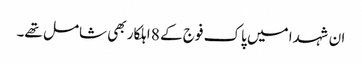
ان شہدا میں پاک فوج کے 8 اہلکار بھی شامل تھے۔